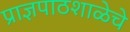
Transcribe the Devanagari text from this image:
प्राज्ञपाठशाळेचे